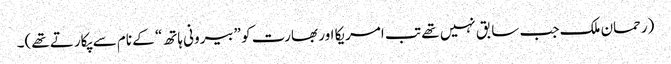
(رحمان ملک جب سابق نہیں تھے تب امریکا اور بھارت کو ”بیرونی ہاتھ“ کے نام سے پکارتے تھے)۔